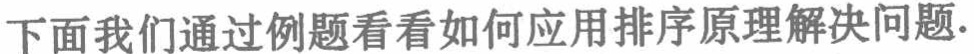
下面我们通过例题看看如何应用排序原理解决问题.